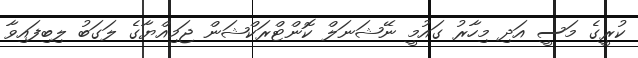
ކުރީގެ މަސީ އަދި މިހާރު ގައުމީ ނޭޝަނަލް ކޮންޓްރަކްޝަން ޖަމިއްޔާގެ ލަގަބު ލިބިފައިވާ